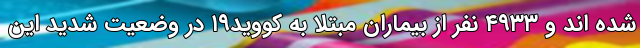
شده اند و ۴۹۳۳ نفر از بیماران مبتلا به کووید۱۹ در وضعیت شدید این